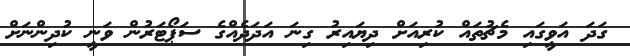
ގަދަ އަވީގައި މެޗުތައް ކުރިއަށް ދިޔައިރު ގިނަ އަދަދެއްގެ ސަޕޯޓަރުން ވަނީ ކުދިންނަށް